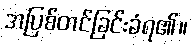
အပြစ်တင်ခြင်းခံရ၏။